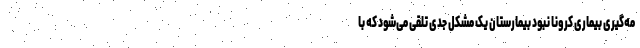
مه‌گیری بیماری کرونا نبود بیمارستان یک مشکل جدی تلقی می‌شود که با